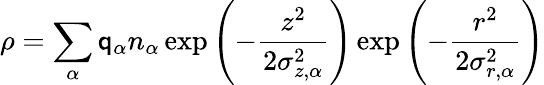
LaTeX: \rho=\sum_{\alpha}\mathsf{q}_{\alpha}n_{\alpha}\exp\left(-\frac{{z^{2}}}{{2\sigma_{z,\alpha}^{2}}}\right)\exp\left(-\frac{{r^{2}}}{{2\sigma_{r,\alpha}^{2}}}\right)